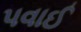
પવાઈ